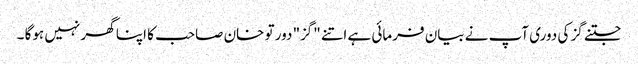
جتنے گز کی دوری آپ نے بیان فرمائی ہے اتنے "گز" دور تو خان صاحب کا اپنا گھر نہیں ہوگا ۔